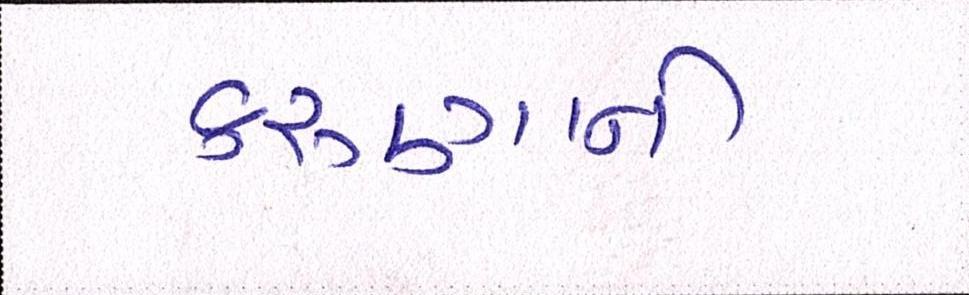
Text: કરુણાની